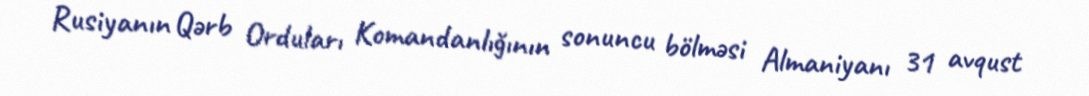
Rusiyanın Qərb Orduları Komandanlığının sonuncu bölməsi Almaniyanı 31 avqust